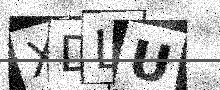
Text: XDLU